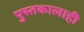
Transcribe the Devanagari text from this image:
पुस्तकालाही